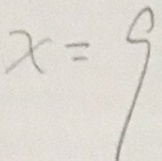
x = 9